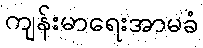
ကျန်းမာရေးအာမခံ